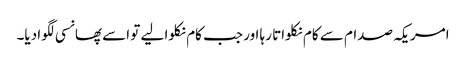
امریکہ صدام سے کام نکلواتا رہا اور جب کام نکلوا لیے تو اسے پھانسی لگوا دیا۔